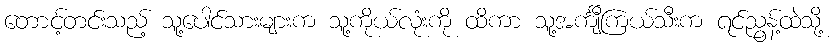
တောင့်တင်းသည့် သူ့ပေါင်သားများက သူ့ကိုယ်လုံးကို ထိကာ သူ့အင်္ကျီကြယ်သီးက ရင်ညွန့်ထဲသို့